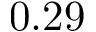
0 . 2 9